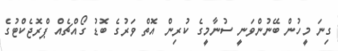
ގިނަ މީހުން ބޭނުންވަނީ ސުނާމީގެ ކުރިން އޮތް ވަރުގެ ބޮޑު ގޯއްޗެއް ޕްރޮޖެކްޓުގެ